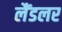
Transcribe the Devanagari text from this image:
लैंडलर